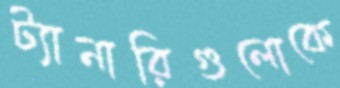
ট্যানারিগুলোকে